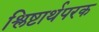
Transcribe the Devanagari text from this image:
श्लिष्टार्थपरक